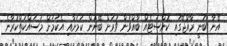
އޭނާ ބުނީ ރާއްޖޭގައި ކޮންސަޓެއް ބާއްވަން ވަރަށް ބޭނުން ކަމަށާއި އެކަމަށް މަސައްކަތްކުރާނެ